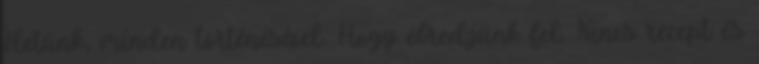
életünk, minden történésével. Hogy ébredjünk fel. Nincs recept és